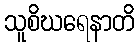
သူစိဃရေနာတိ